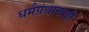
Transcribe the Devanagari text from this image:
धर्मग्रंथाचाही